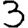
Digit: 3